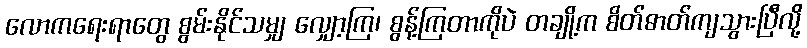
လောကရေးရာတွေ စွမ်းနိုင်သမျှ လျှော့ကြ၊ စွန့်ကြတာကိုပဲ တချို့က စိတ်ဓာတ်ကျသွားပြီလို့